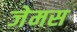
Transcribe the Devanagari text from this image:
जेमस